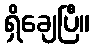
ရှိချေပြီ။